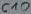
Text: C10